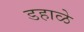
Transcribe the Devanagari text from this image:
डहाळे